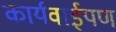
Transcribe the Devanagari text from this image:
कार्यवाईपण